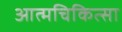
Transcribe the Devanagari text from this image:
आत्मचिकित्सा